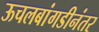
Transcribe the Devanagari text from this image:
ऊचलबांगडीनंतर